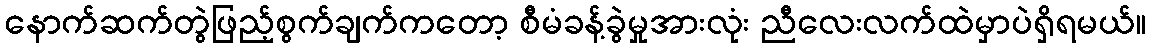
နောက်ဆက်တွဲဖြည့်စွက်ချက်ကတော့ စီမံခန့်ခွဲမှုအားလုံး ညီလေးလက်ထဲမှာပဲရှိရမယ်။